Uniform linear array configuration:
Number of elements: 48
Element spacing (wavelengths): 1
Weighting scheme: exponential
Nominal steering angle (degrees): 60
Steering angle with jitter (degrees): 61.89
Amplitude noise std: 0.05
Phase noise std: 0.05

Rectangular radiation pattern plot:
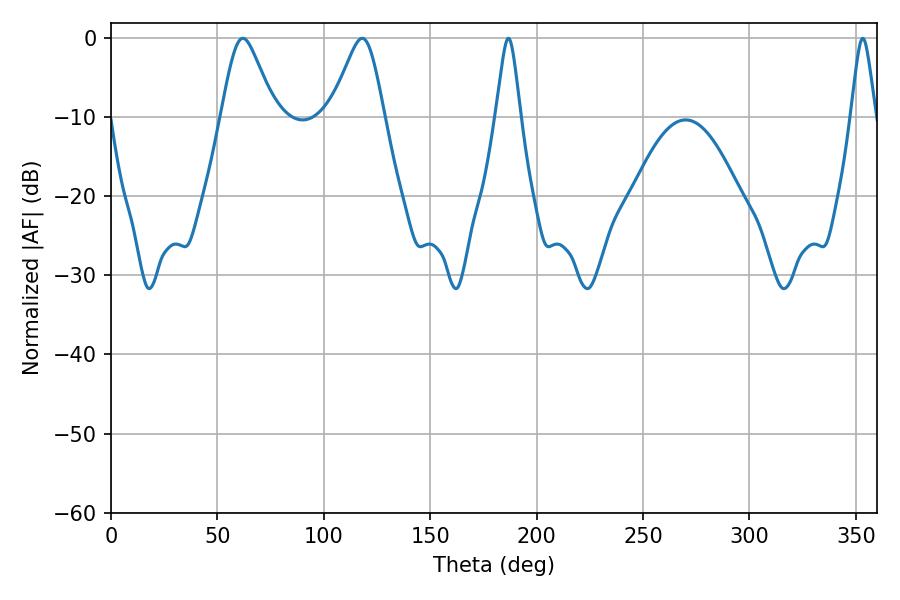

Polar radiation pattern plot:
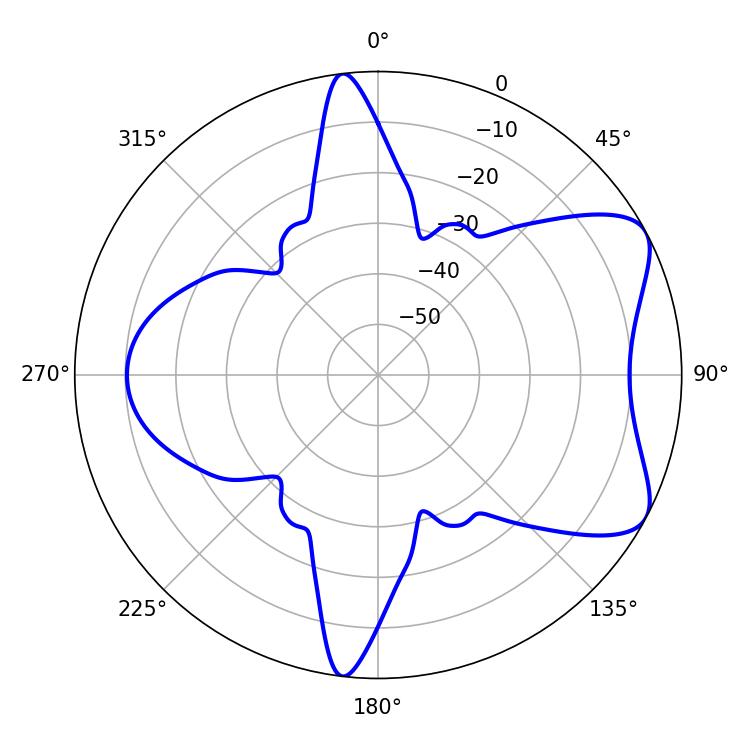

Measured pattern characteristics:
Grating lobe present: TRUE
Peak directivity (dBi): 6.885
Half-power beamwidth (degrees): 12.24
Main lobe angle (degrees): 61.92